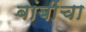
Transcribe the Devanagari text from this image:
बांबींचा